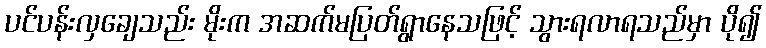
ပင်ပန်းလှချေသည်း မိုးက အဆက်မပြတ်ရွာနေသဖြင့် သွားရလာရသည်မှာ ပို၍